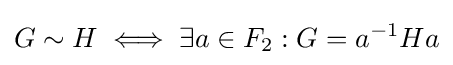
G\sim H\iff \exists a\in F_{2}:G=a^{-1}Ha